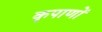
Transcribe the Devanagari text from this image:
कृपाणों